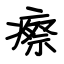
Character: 瘵